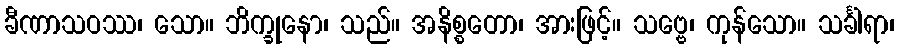
ခီဏာသဝဿ၊ သော။ ဘိက္ခုနော၊ သည်။ အနိစ္စတော၊ အားဖြင့်။ သဗ္ဗေ၊ ကုန်သော။ သင်္ခါရာ၊